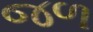
જળ